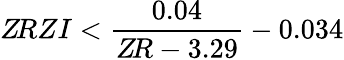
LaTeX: Z\! RZI<\displaystyle{\frac{0.04}{Z\! R-3.29}}-0.034